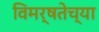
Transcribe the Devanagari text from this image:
विमर्षतेच्या